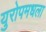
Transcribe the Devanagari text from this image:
युरोपमधला